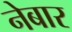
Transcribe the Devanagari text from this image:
नेबार